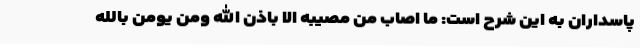
پاسداران به این شرح است: ما اصاب من مصیبه الا باذن الله ومن یومن بالله